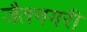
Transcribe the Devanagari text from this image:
जैतनगरी